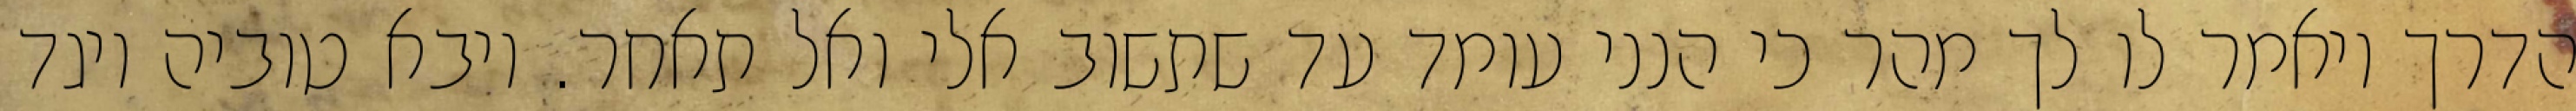
הדרך ויאמר לו לך מהר כי הנני עומד עד שתשוב אלי ואל תאחר. ויבא טוביה ויגד